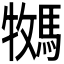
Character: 𫘎